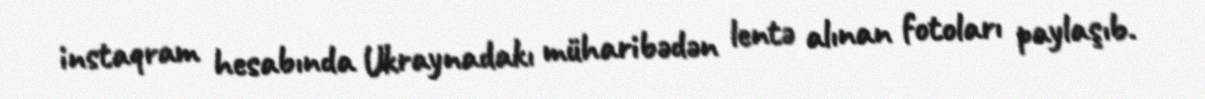
instaqram hesabında Ukraynadakı müharibədən lentə alınan fotoları paylaşıb.